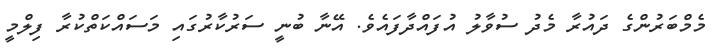
މެމްބަރުންގެ ދައުރާ މެދު ސުވާލު އުފައްދާފައެވެ. އޭނާ ބުނީ ސަރުކާރުގައި މަސައްކަތްކުރާ ފިލްމީ